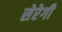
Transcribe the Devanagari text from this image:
सेरेगी